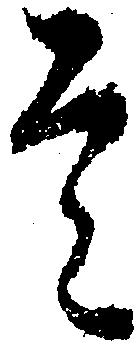
是